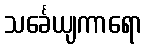
သင်္ခေယျကာရော